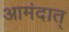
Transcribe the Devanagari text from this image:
आमंदात्‌